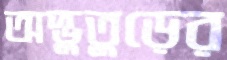
অদ্ভুতুড়ের